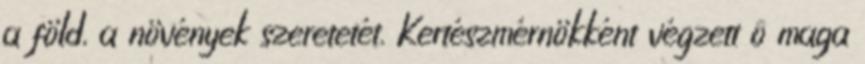
a föld, a növények szeretetét. Kertészmérnökként végzett ô maga